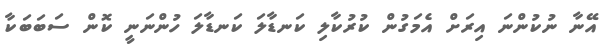
އޭނާ ނުކުންނަ އިރަށް އެމަގުން ކުރުކާލި ކަނޑާލަ ކަނޑާލަ ހުންނަނީ ކޮން ސަބަބަކާ